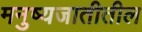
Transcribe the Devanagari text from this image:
मनुष्यजातीतील